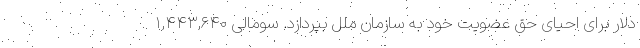
دلار برای احیای حق عضویت خود به سازمان ملل بپردازد. سومالی ۱,۴۴۳,۶۴۰